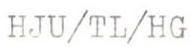
HJU/TL/HG